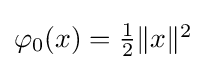
\textstyle \varphi _{0}(x)={\frac {1}{2}}\Vert x\Vert ^{2}